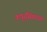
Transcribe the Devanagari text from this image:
कपूरसिंगाच्या